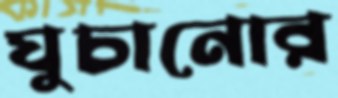
ঘুচানোর